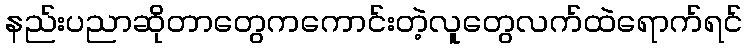
နည်းပညာဆိုတာတွေကကောင်းတဲ့လူတွေလက်ထဲရောက်ရင်